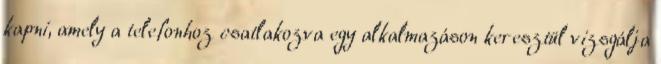
kapni, amely a telefonhoz csatlakozva egy alkalmazáson keresztül vizsgálja